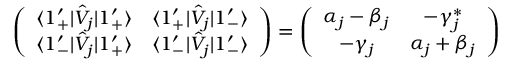
\left( \begin{array} { c c } { \langle 1 _ { + } ^ { \prime } | \hat { V } _ { j } | 1 _ { + } ^ { \prime } \rangle } & { \langle 1 _ { + } ^ { \prime } | \hat { V } _ { j } | 1 _ { - } ^ { \prime } \rangle } \\ { \langle 1 _ { - } ^ { \prime } | \hat { V } _ { j } | 1 _ { + } ^ { \prime } \rangle } & { \langle 1 _ { - } ^ { \prime } | \hat { V } _ { j } | 1 _ { - } ^ { \prime } \rangle } \end{array} \right) = \left( \begin{array} { c c } { \alpha _ { j } - \beta _ { j } } & { - \gamma _ { j } ^ { * } } \\ { - \gamma _ { j } } & { \alpha _ { j } + \beta _ { j } } \end{array} \right)